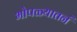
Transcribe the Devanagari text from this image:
भोपळ्यातनं